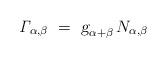
LaTeX: \begin{align*} \mathit{\Gamma}_{\alpha,\beta}~ =~\mbox{\sl g}_{\alpha + \beta} \, N_{\alpha,\beta}\end{align*}